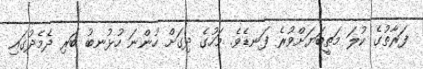
ފަރާތުގެ ކުލަ މަތީބަޔަށްވުރެ ފަނޑެވެ. މަހުގެ ދިގަށް ހުންނަ ހުޅުނބު ބަރި ދެމެދުގައި